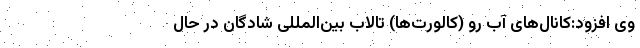
وی افزود:کانال‌های آب رو (کالورت‌ها) تالاب بین‌المللی شادگان در حال